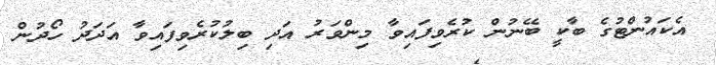
އެކައުންޓުގެ ބާކީ ބޭނުން ކުރެވިފައިވާ މިންވަރު އަދި ބިލުކުރެވިފައިވާ އަދަދު ހޯދުން